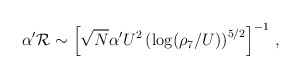
\begin{align*}\alpha^\prime {\cal{R}} \sim \left[\sqrt{N}\alpha^\prime U^2\left(\log(\rho_7/U)\right)^{5/2} \right]^{-1} \,,\end{align*}